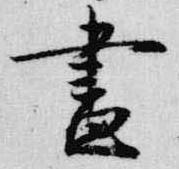
昼